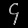
Digit: ၄